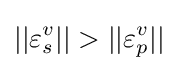
||\varepsilon _{s}^{v}||>||\varepsilon _{p}^{v}||